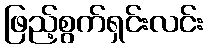
ဖြည့်စွက်ရှင်းလင်း